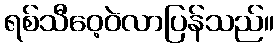
ရစ်သီဝေ့ဝဲလာပြန်သည်။